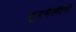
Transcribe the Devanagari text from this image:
टूरमैलीनों